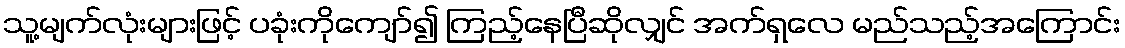
သူ့မျက်လုံးများဖြင့် ပခုံးကိုကျော်၍ ကြည့်နေပြီဆိုလျှင် အက်ရှလေ မည်သည့်အကြောင်း